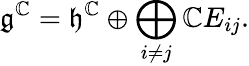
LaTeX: {\mathfrak{g}}^{\mathbb{C}}={\mathfrak{h}}^{\mathbb{C}}\oplus\bigoplus_{i\neq j}\mathbb{C}E_{ij}.